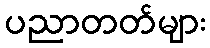
ပညာတတ်များ